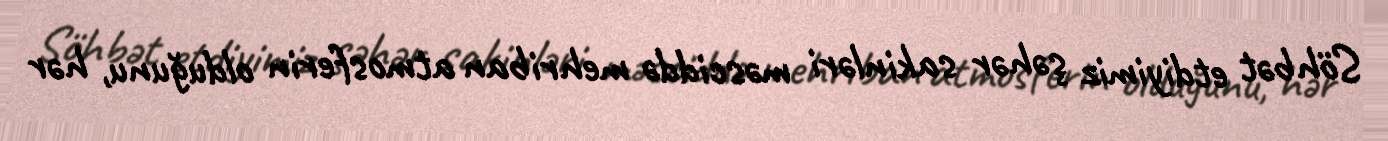
Söhbət etdiyimiz şəhər sakinləri məsciddə mehriban atmosferin olduğunu, hər